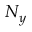
N _ { y }